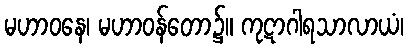
မဟာဝနေ၊ မဟာဝန်တော၌။ ကုဋာဂါရသာလာယံ၊